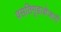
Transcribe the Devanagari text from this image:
वसतिगृहाशेजारी